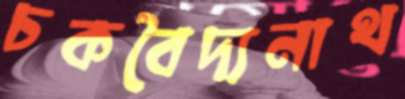
চকবৈদ্যনাথ